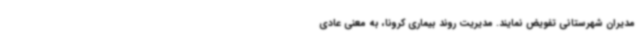
مدیران شهرستانی تفویض نمایند. مدیریت روند بیماری کرونا، به معنی عادی